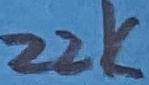
Text: 22K